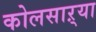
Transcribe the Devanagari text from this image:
कोलसाऱ्या